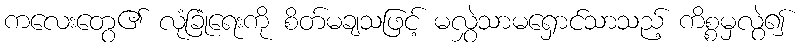
ကလေးတွေ၏ လုံခြုံရေးကို စိတ်မချသဖြင့် မလွှဲသာမရှောင်သာသည့် ကိစ္စမှလွဲ၍